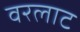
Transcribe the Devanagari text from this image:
वरलाट